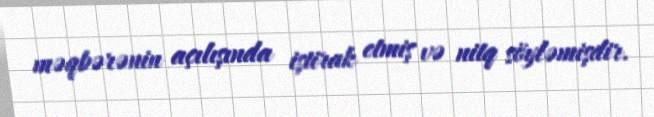
məqbərənin açılışında iştirak etmiş və nitq söyləmişdir.